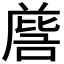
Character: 𭉵